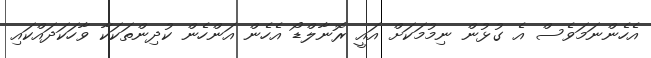
އެހެންނަމަވެސް އެ ގުޅުން ނިމުމަކަށް އައީ ރޮނާލްޑޯ އެހެން އަންހެން ކުދިންތަކަކާ ވާހަކަދައްކައި